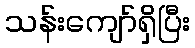
သန်းကျော်ရှိပြီး